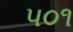
૫૦૧